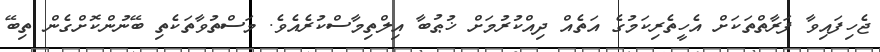
ޖެހިފައިވާ ފަރާތްތަކަށް އެހީތެރިކަމުގެ އަތެއް ދިއްކުރުމަށް ޚުޠުބާ އިލްތިމާސްކުރެއެވެ. މަސްތުވާތަކެތި ބޭނުންކޮށްގެން ތިބޭ